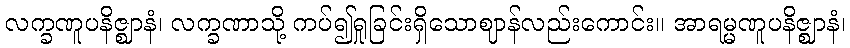
လက္ခဏူပနိဇ္ဈာနံ၊ လက္ခဏာသို့ ကပ်၍ရှုခြင်းရှိသောဈာန်လည်းကောင်း။ အာရမ္မဏူပနိဇ္ဈာနံ၊